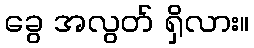
ခွေ အလွတ် ရှိလား။